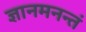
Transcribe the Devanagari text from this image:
ज्ञानमनन्तं